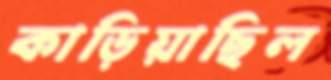
কাড়িয়াছিল